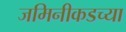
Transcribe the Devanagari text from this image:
जमिनीकडच्या